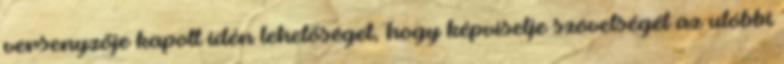
versenyzője kapott idén lehetőséget, hogy képviselje szövetségét az utóbbi